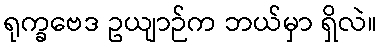
ရုက္ခဗေဒ ဥယျာဉ်က ဘယ်မှာ ရှိလဲ။